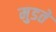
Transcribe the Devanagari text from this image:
मुडते